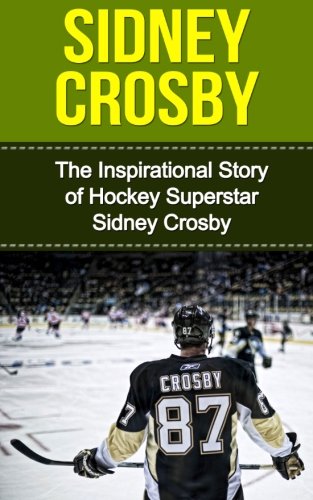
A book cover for Sidney Crosby: The Inspirational Story of Hockey Superstar Sidney Crosby (Sidney Crosby Unauthorized Biography, Pittsburgh Penguins, Canada, Nova Scotia, NHL Books); Bill Redban; Biographies & Memoirs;